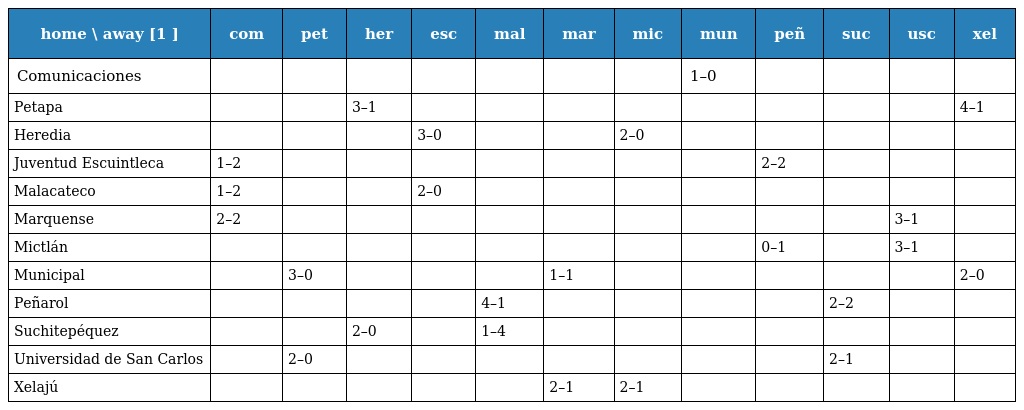
| home \ away [1 ] | com | pet | her | esc | mal | mar | mic | mun | peñ | suc | usc | xel |
 | --- | --- | --- | --- | --- | --- | --- | --- | --- | --- | --- | --- | --- |
 | Comunicaciones |  |  |  |  |  |  |  | 1–0 |  |  |  |  |
 | Petapa |  |  | 3–1 |  |  |  |  |  |  |  |  | 4–1 |
 | Heredia |  |  |  | 3–0 |  |  | 2–0 |  |  |  |  |  |
 | Juventud Escuintleca | 1–2 |  |  |  |  |  |  |  | 2–2 |  |  |  |
 | Malacateco | 1–2 |  |  | 2–0 |  |  |  |  |  |  |  |  |
 | Marquense | 2–2 |  |  |  |  |  |  |  |  |  | 3–1 |  |
 | Mictlán |  |  |  |  |  |  |  |  | 0–1 |  | 3–1 |  |
 | Municipal |  | 3–0 |  |  |  | 1–1 |  |  |  |  |  | 2–0 |
 | Peñarol |  |  |  |  | 4–1 |  |  |  |  | 2–2 |  |  |
 | Suchitepéquez |  |  | 2–0 |  | 1–4 |  |  |  |  |  |  |  |
 | Universidad de San Carlos |  | 2–0 |  |  |  |  |  |  |  | 2–1 |  |  |
 | Xelajú |  |  |  |  |  | 2–1 | 2–1 |  |  |  |  |  |